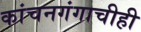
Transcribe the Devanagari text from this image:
कांचनगंगाचीही